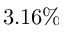
3 . 1 6 \%